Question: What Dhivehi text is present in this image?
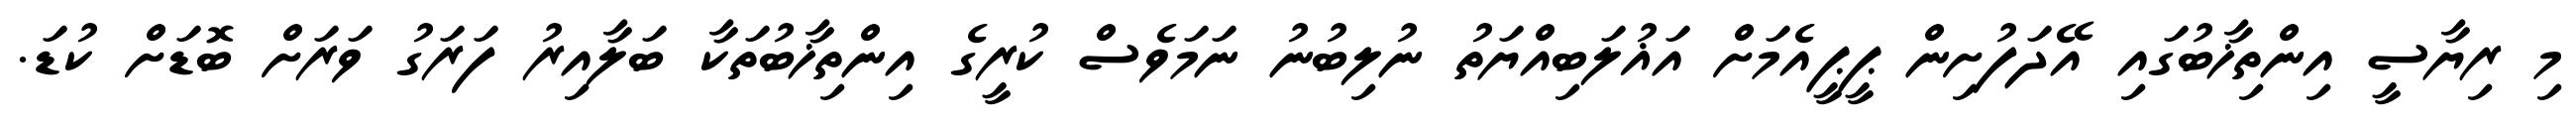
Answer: މި ރިޔާސީ އިންތިޚާބުގައި އޭދަފުށިން ޕީޕީއެމަށް އަޣުލަބިއްޔަތު ނުލިބުނު ނަމަވެސް ކުރީގެ އިންތިޚާބުތަކާ ބަލާއިރު ފަރަގު ވަރަށް ބޮޑަށް ކުޑަ.